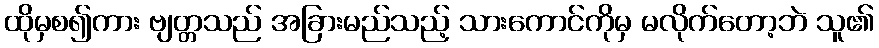
ထိုမှစ၍ကား ဗျတ္တသည် အခြားမည်သည့် သားကောင်ကိုမှ မလိုက်တော့ဘဲ သူ၏